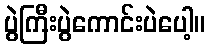
ပွဲကြီးပွဲကောင်းပဲပေါ့။